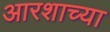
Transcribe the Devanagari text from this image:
आरशाच्या